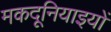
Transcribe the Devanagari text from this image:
मकदूनियाइयों